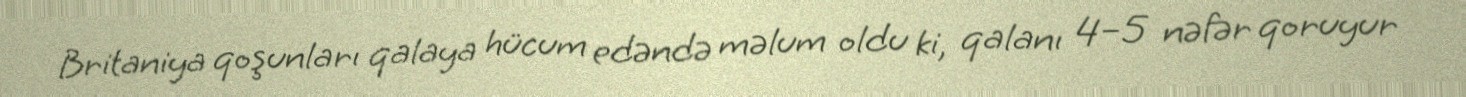
Britaniya qoşunları qalaya hücum edəndə məlum oldu ki, qalanı 4–5 nəfər qoruyur